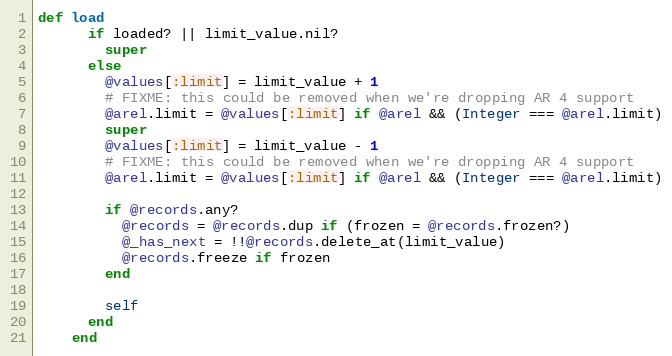
Language: Ruby
def load
      if loaded? || limit_value.nil?
        super
      else
        @values[:limit] = limit_value + 1
        # FIXME: this could be removed when we're dropping AR 4 support
        @arel.limit = @values[:limit] if @arel && (Integer === @arel.limit)
        super
        @values[:limit] = limit_value - 1
        # FIXME: this could be removed when we're dropping AR 4 support
        @arel.limit = @values[:limit] if @arel && (Integer === @arel.limit)

        if @records.any?
          @records = @records.dup if (frozen = @records.frozen?)
          @_has_next = !!@records.delete_at(limit_value)
          @records.freeze if frozen
        end

        self
      end
    end